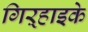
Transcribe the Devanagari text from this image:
गिऱ्हाइके